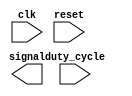
module servo_control(clk, reset, duty_cycle, signal);
    input clk, reset;
    input[6:0] duty_cycle;
    output signal;

    reg clkMZ = 0;
    reg[17:0] counter = 0;

    always @(posedge clk) begin
        if (counter < counterLimit) begin
            counter <= counter + 1;
        end
        else begin
            counter <= 0;
            clkMZ = ~clkMZ;
        end
    end
endmodule